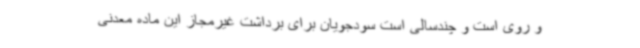
و روی است و چندسالی است سودجویان برای برداشت غیرمجاز این ماده معدنی